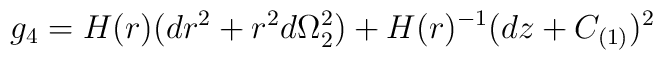
g_4 = H(r) (dr^2 + r^2 d\Omega^2_2) + H(r)^{-1} (dz + C_{(1)})^2